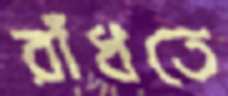
রাঁধতে